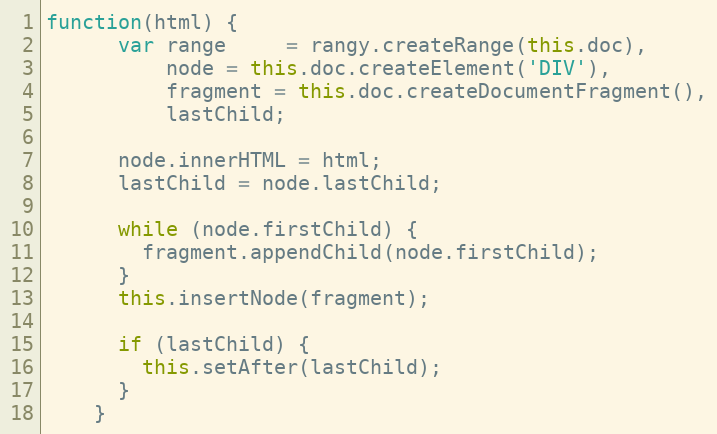
Language: JavaScript
function(html) {
      var range     = rangy.createRange(this.doc),
          node = this.doc.createElement('DIV'),
          fragment = this.doc.createDocumentFragment(),
          lastChild;

      node.innerHTML = html;
      lastChild = node.lastChild;

      while (node.firstChild) {
        fragment.appendChild(node.firstChild);
      }
      this.insertNode(fragment);

      if (lastChild) {
        this.setAfter(lastChild);
      }
    }